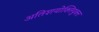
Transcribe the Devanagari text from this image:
अतिशयोक्‍तियुक्‍त